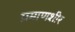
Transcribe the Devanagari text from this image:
प्रमाणशीर